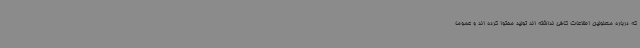
که درباره معلولین اطلاعات کافی نداشته اند تولید محتوا کرده اند و عموما